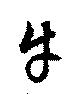
牛